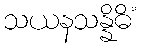
သယနသန္နိဓိံ